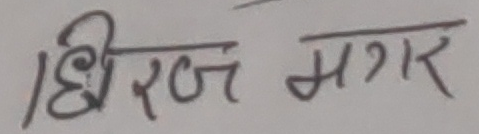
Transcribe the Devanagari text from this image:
धिरज मगर